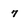
Character: 7